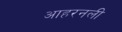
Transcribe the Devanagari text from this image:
आहरनली